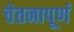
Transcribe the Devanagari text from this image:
चेतनापूर्ण